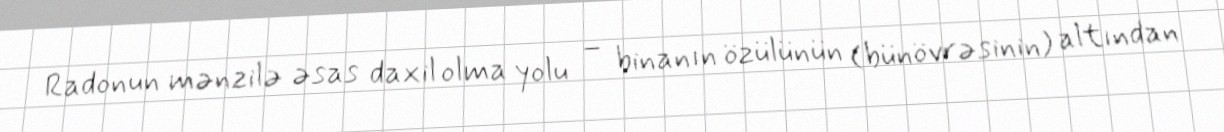
Radonun mənzilə əsas daxil olma yolu – binanın özülünün (bünövrəsinin) altından